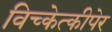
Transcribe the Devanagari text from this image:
विच्केत्कीपेर